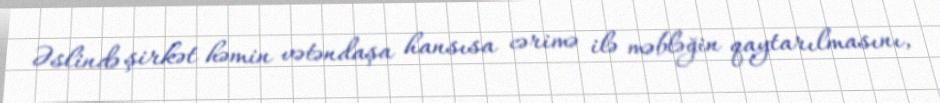
Əslində şirkət həmin vətəndaşa hansısa cərimə ilə məbləğin qaytarılmasını,